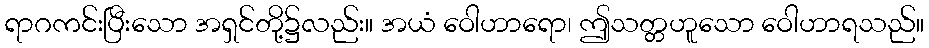
ရာဂကင်းပြီးသော အရှင်တို့၌လည်း။ အယံ ဝေါဟာရော၊ ဤသတ္တဟူသော ဝေါဟာရသည်။